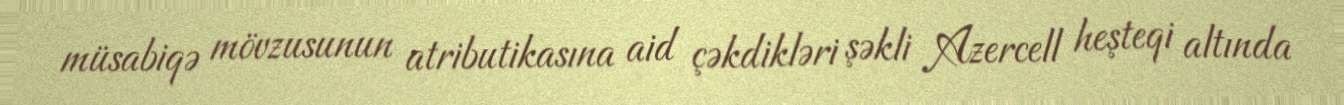
müsabiqə mövzusunun atributikasına aid çəkdikləri şəkli Azercell heşteqi altında